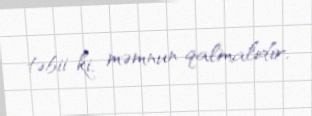
təbii ki, məmnun qalmalıdır.